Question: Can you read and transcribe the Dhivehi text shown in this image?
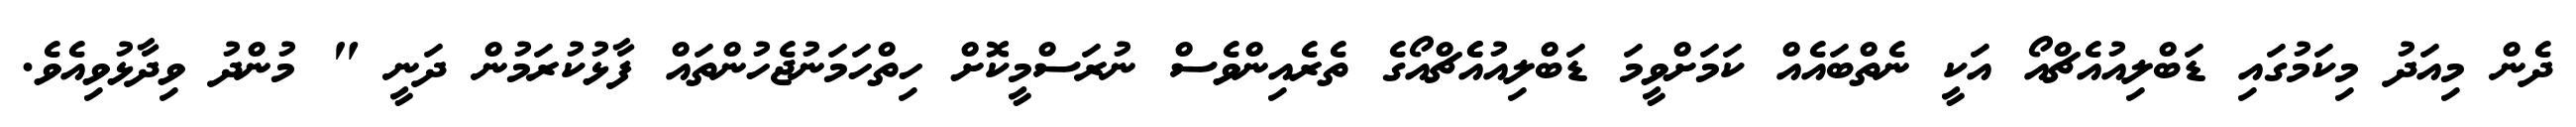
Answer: ދެން މިއަދު މިކަމުގައި ޑަބްލިއުއެޗްއޯ އަކީ ނެތްބައެއް ކަމަށްވީމަ ޑަބްލިއުއެެޗްއޯގެ ތެރެއިންވެސް ނުރަސްމީކޮށް ހިތްހަމަނުޖެހުންތައް ފާޅުކުރަމުން ދަނީ " މުންދު ވިދާޅުވިއެވެ.